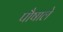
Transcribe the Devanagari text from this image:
पौषाले